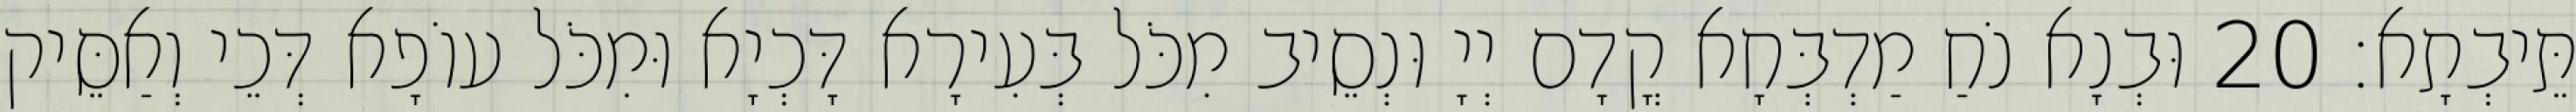
תֵּיבְתָא׃ 20 וּבְנָא נֹחַ מַדְבְּחָא קֳדָם יְיָ וּנְסֵיב מִכֹּל בְּעִירָא דָּכְיָא וּמִכֹּל עוֹפָא דְּכֵי וְאַסֵּיק